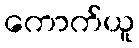
ကောက်ယူ